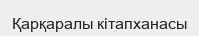
Қарқаралы кітапханасы